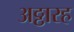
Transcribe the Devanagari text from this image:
अठ्ठारह